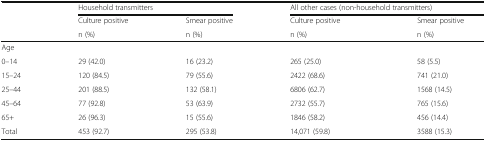
| <ROWSPAN=2>  | <COLSPAN=2> Household transmitters | <COLSPAN=2> All other cases (non-household transmitters) |
 | Culture positive | Smear positive | Culture positive | Smear positive |
 |  | n (%) | n (%) | n (%) | n (%) |
 | --- | --- | --- | --- | --- |
 | Age |  |  |  |  |
 | 0–14 | 29 (42.0) | 16 (23.2) | 265 (25.0) | 58 (5.5) |
 | 15–24 | 120 (84.5) | 79 (55.6) | 2422 (68.6) | 741 (21.0) |
 | 25–44 | 201 (88.5) | 132 (58.1) | 6806 (62.7) | 1568 (14.5) |
 | 45–64 | 77 (92.8) | 53 (63.9) | 2732 (55.7) | 765 (15.6) |
 | 65+ | 26 (96.3) | 15 (55.6) | 1846 (58.2) | 456 (14.4) |
 | Total | 453 (92.7) | 295 (53.8) | 14,071 (59.8) | 3588 (15.3) |